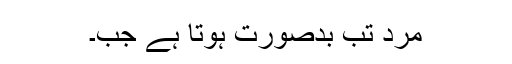
مرد تب بدصُورت ہوتا ہے جب۔